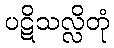
ပဋိသလ္လိတုံ